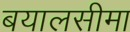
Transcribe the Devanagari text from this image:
बयालसीमा